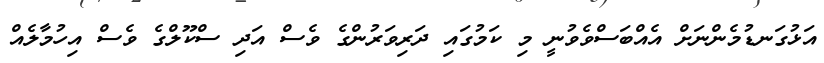
އަޅުގަނޑުމެންނަށް އެއްބަސްވެވުނީ މި ކަމުގައި ދަރިވަރުންގެ ވެސް އަދި ސްކޫލްގެ ވެސް އިހުމާލެއް